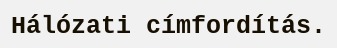
Hálózati címfordítás.